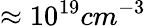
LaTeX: \approx 10^{19}cm^{-3}